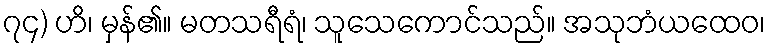
၇၄) ဟိ၊ မှန်၏။ မတသရီရံ၊ သူသေကောင်သည်။ အသုဘံယထေဝ၊